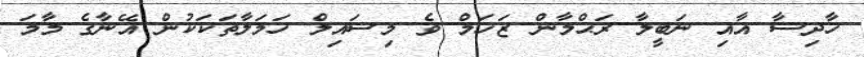
ހާދިސާ އާއި ނަބީލާ ރަޙްމާން ޒަޚަމް ވެ މިސައިލް ހަމަލާތަކަކުން އޭނާގެ މާމަ